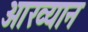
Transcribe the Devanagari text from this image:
आख्‍यान